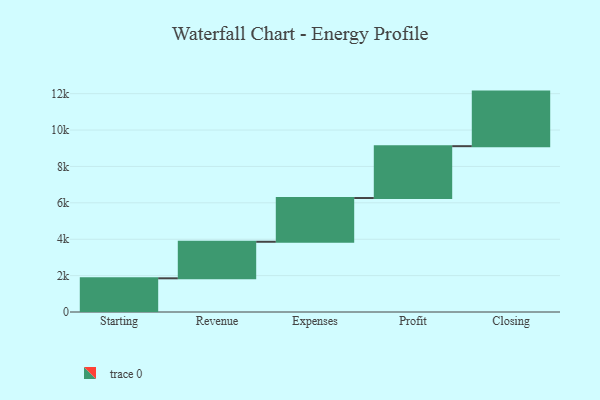
{"axis": {"x": "Step", "y": "Value"}, "legend": [""], "data": [{"x": "Starting", "y": 1852.0, "type": ""}, {"x": "Revenue", "y": 2008.0, "type": ""}, {"x": "Expenses", "y": 2404.0, "type": ""}, {"x": "Profit", "y": 2850.0, "type": ""}, {"x": "Closing", "y": 3000, "type": ""}]}